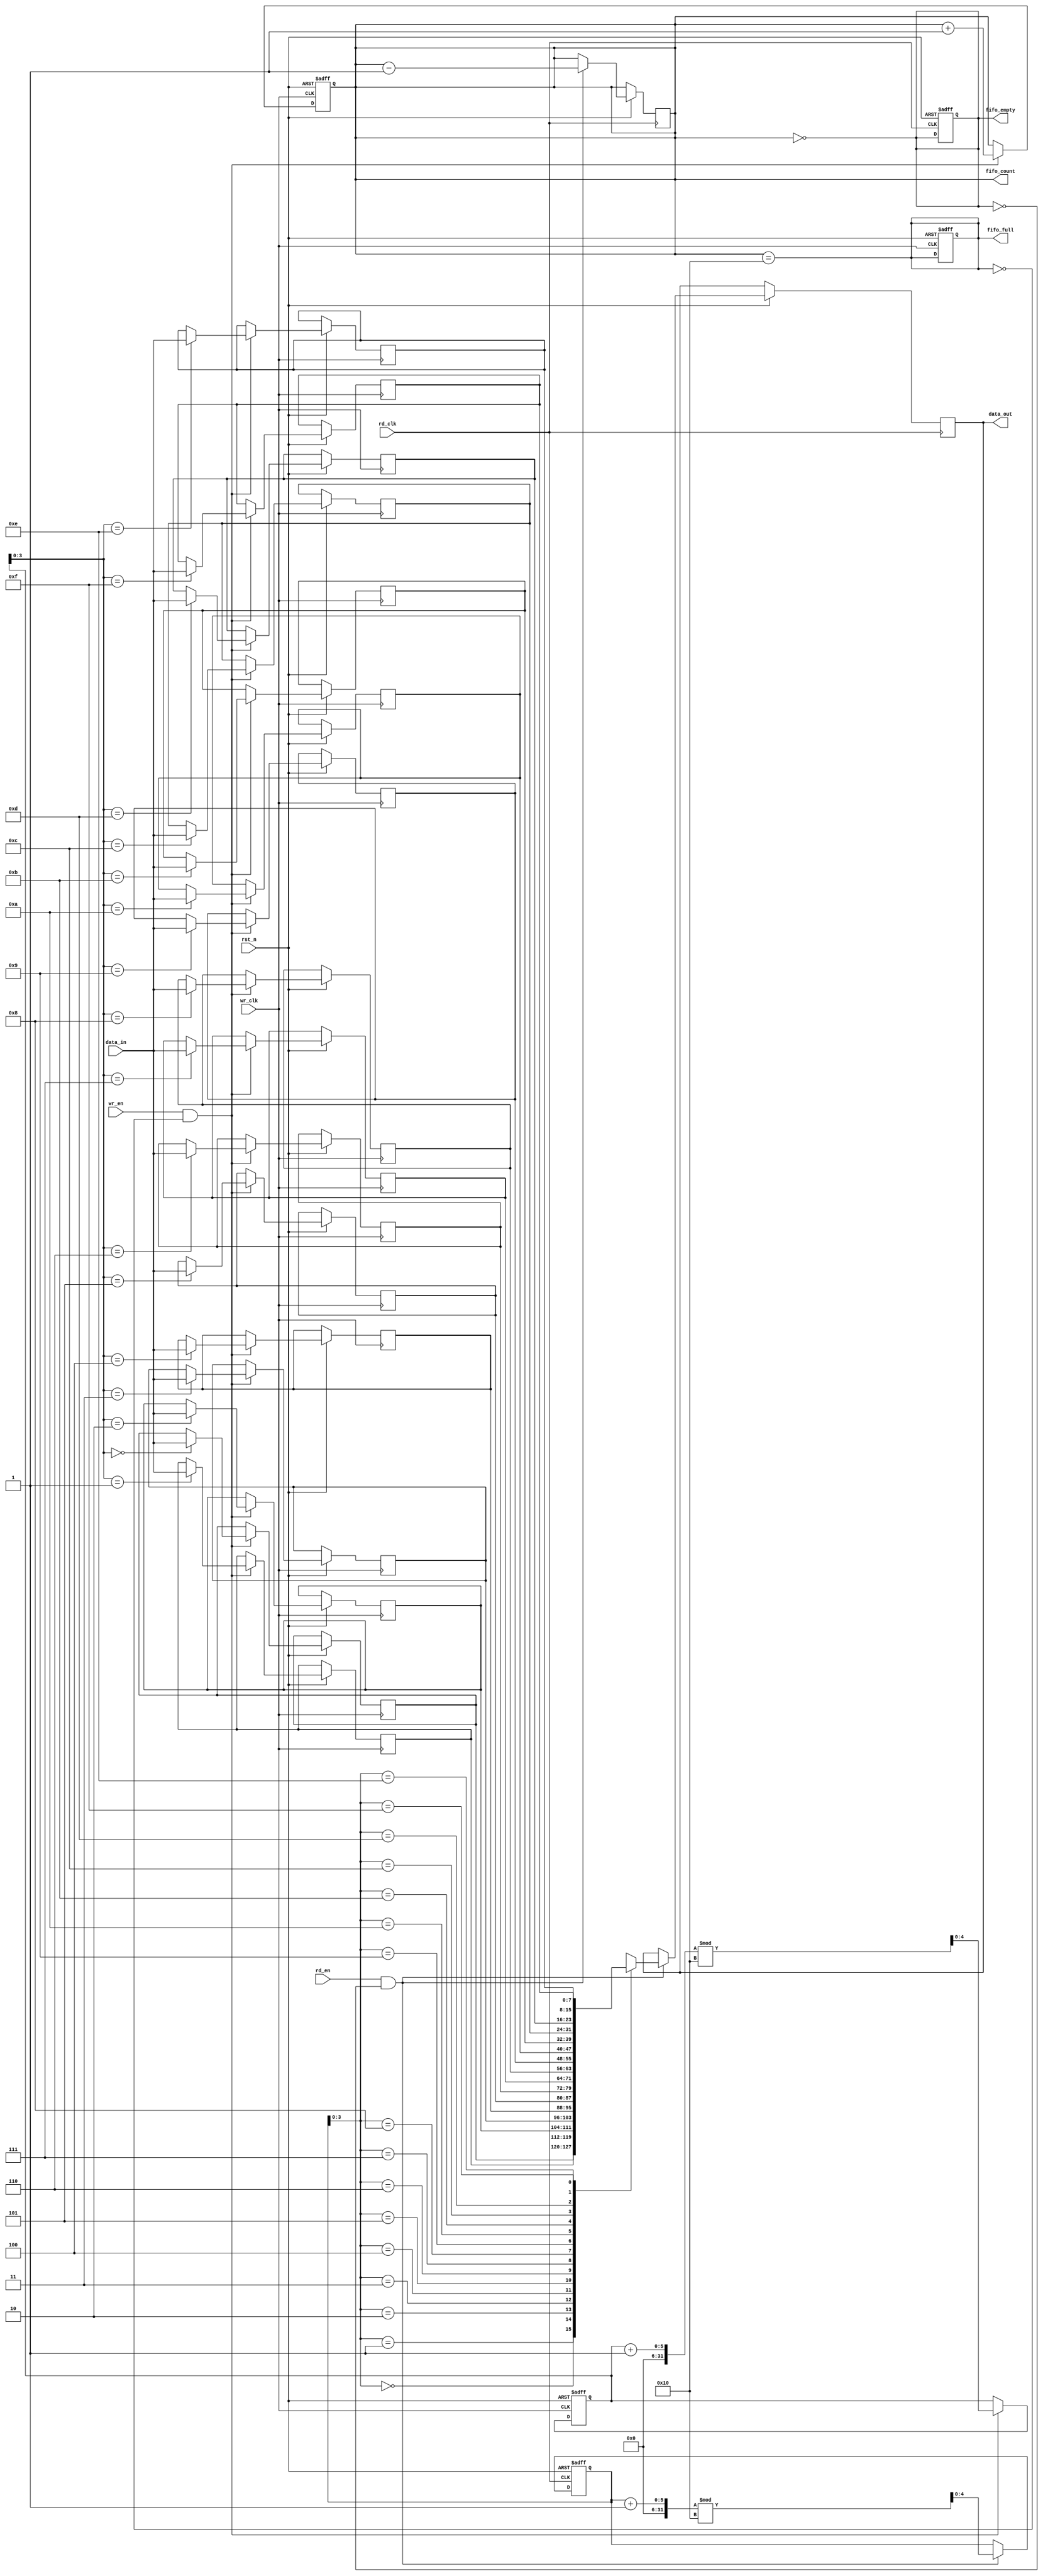
module dual_clock_fifo #(
    parameter DATA_WIDTH = 8,  // Width of the data
    parameter FIFO_DEPTH = 16   // Depth of the FIFO
)(
    input wire wr_clk,          // Write clock
    input wire rd_clk,          // Read clock
    input wire rst_n,           // Asynchronous reset (active low)
    input wire wr_en,           // Write enable
    input wire rd_en,           // Read enable
    input wire [DATA_WIDTH-1:0] data_in, // Data input
    output reg [DATA_WIDTH-1:0] data_out, // Data output
    output reg fifo_full,       // FIFO full flag
    output reg fifo_empty,      // FIFO empty flag
    output reg [4:0] fifo_count // Number of entries in the FIFO
);

    // Memory array
    reg [DATA_WIDTH-1:0] fifo_mem [0:FIFO_DEPTH-1];

    // Write pointer and read pointer
    reg [4:0] wr_ptr;
    reg [4:0] rd_ptr;

    // Asynchronous reset
    always @(posedge wr_clk or negedge rst_n) begin
        if (!rst_n) begin
            wr_ptr <= 0;
            fifo_count <= 0;
            fifo_full <= 0;
        end else begin
            if (wr_en && !fifo_full) begin
                fifo_mem[wr_ptr] <= data_in; // Write data to FIFO
                wr_ptr <= (wr_ptr + 1) % FIFO_DEPTH; // Increment write pointer
                fifo_count <= fifo_count + 1; // Increment count
            end
        end
    end

    always @(posedge rd_clk or negedge rst_n) begin
        if (!rst_n) begin
            rd_ptr <= 0;
            fifo_empty <= 1;
        end else begin
            if (rd_en && !fifo_empty) begin
                data_out <= fifo_mem[rd_ptr]; // Read data from FIFO
                rd_ptr <= (rd_ptr + 1) % FIFO_DEPTH; // Increment read pointer
                fifo_count <= fifo_count - 1; // Decrement count
            end
        end
    end

    // FIFO full and empty logic
    always @(*) begin
        fifo_full = (fifo_count == FIFO_DEPTH);
        fifo_empty = (fifo_count == 0);
    end

endmodule